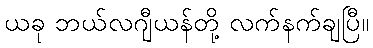
ယခု ဘယ်လဂျီယန်တို့ လက်နက်ချပြီ။